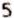
5